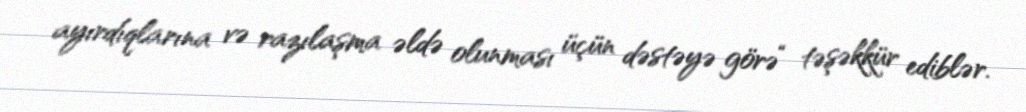
ayırdıqlarına və razılaşma əldə olunması üçün dəstəyə görə“ təşəkkür ediblər.